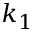
k _ { 1 }